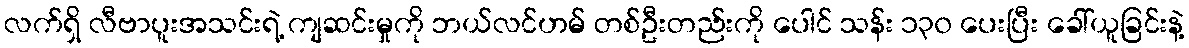
လက်ရှိ လီဗာပူးအသင်းရဲ့ ကျဆင်းမှုကို ဘယ်လင်ဟမ် တစ်ဦးတည်းကို ပေါင် သန်း ၁၃၀ ပေးပြီး ခေါ်ယူခြင်းနဲ့